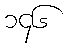
၁၄၆